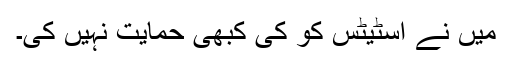
میں نے اسٹیٹس کو کی کبھی حمایت نہیں کی۔